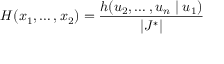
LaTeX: H ( x _ { 1 } , \dots , x _ { 2 } ) = { \frac { h ( u _ { 2 } , \dots , u _ { n } \mid u _ { 1 } ) } { | J ^ { * } | } }